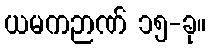
ယမကဉာဏ် ၁၅-ခု။